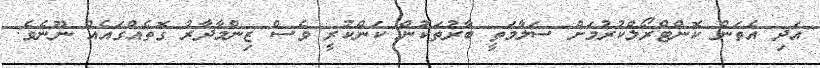
އަދި އެތަން ކޮންޓްރޯލްކުރުމަށް ސަލާމަތީ ބާރުތަކުން ކަންކުރީ ވެސް ޒިންމާދާރު ގޮތެއްގައެއް ނޫނެވެ.